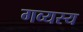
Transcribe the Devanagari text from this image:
गव्यस्य